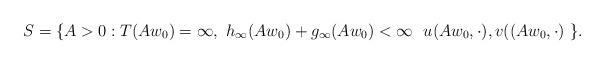
LaTeX: \begin{align*}S = \{A > 0 : T(Aw_0) = \infty,\ h_{\infty}(Aw_0)+ g_{\infty}(Aw_0) < \infty\ \ u(Aw_0,\cdot), v((Aw_0,\cdot)\ \}.\end{align*}